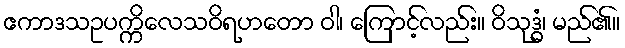
ဧကာဒသဥပက္ကိလေသဝိရဟတော ဝါ၊ ကြောင့်လည်း။ ဝိသုဒ္ဓံ၊ မည်၏။